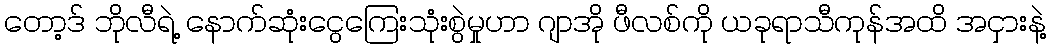
တော့ဒ် ဘိုလီရဲ့ နောက်ဆုံးငွေကြေးသုံးစွဲမှုဟာ ဂျာအို ဖီလစ်ကို ယခုရာသီကုန်အထိ အငှားနဲ့